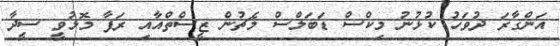
އަންގާރަ ދުވަހު ކުޅުނު މިކްސް ޑަބަލްސް މެޗުން ޒީސްތްއާއި ރަފާ މޮޅުވީ ސީދާ